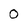
Character: O